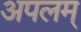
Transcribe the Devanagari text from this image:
अपलम्